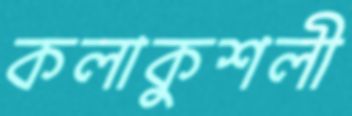
কলাকুশলী